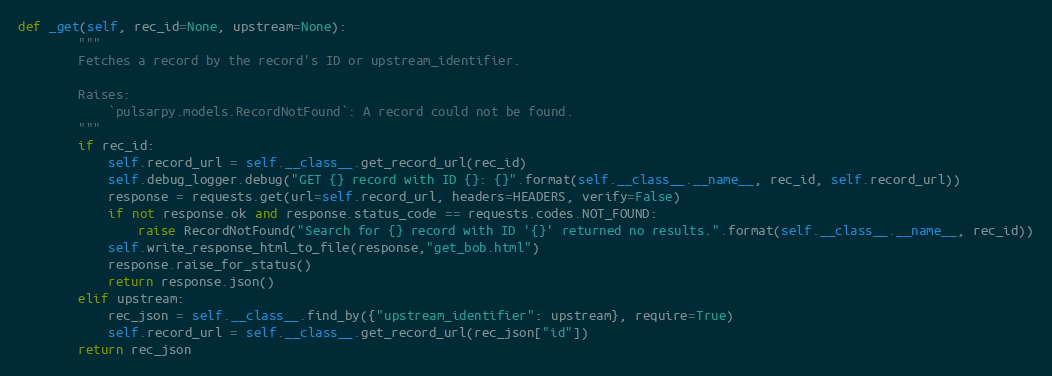
Language: Python
def _get(self, rec_id=None, upstream=None):
        """
        Fetches a record by the record's ID or upstream_identifier.

        Raises:
            `pulsarpy.models.RecordNotFound`: A record could not be found.
        """
        if rec_id:
            self.record_url = self.__class__.get_record_url(rec_id)
            self.debug_logger.debug("GET {} record with ID {}: {}".format(self.__class__.__name__, rec_id, self.record_url))
            response = requests.get(url=self.record_url, headers=HEADERS, verify=False)
            if not response.ok and response.status_code == requests.codes.NOT_FOUND:
                raise RecordNotFound("Search for {} record with ID '{}' returned no results.".format(self.__class__.__name__, rec_id))
            self.write_response_html_to_file(response,"get_bob.html")
            response.raise_for_status()
            return response.json()
        elif upstream:
            rec_json = self.__class__.find_by({"upstream_identifier": upstream}, require=True)
            self.record_url = self.__class__.get_record_url(rec_json["id"])
        return rec_json